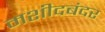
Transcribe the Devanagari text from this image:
मशीदबंदर